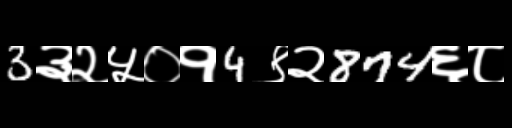
Text: 3३२५०१4९२874६८